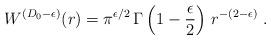
LaTeX: \begin{align*}W^{({D_{0}} - \epsilon)}(r) =\pi^{\epsilon/2} \,\Gamma \left(1 - \frac{\epsilon}{2} \right)\, r^{-(2 - \epsilon)}\; .\end{align*}